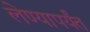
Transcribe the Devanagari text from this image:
लेण्यापर्यंत